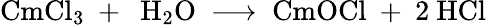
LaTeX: \mathrm{CmCl_{3}\ +\ \ H_{2}O\ \longrightarrow\ CmOCl\ +\ 2\ HCl}